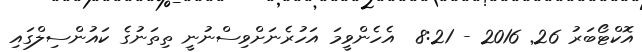
އޮކްޓޯބަރު 26